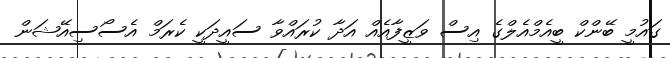
ގައުމީ ބޭންކް ބީއެމްއެލްގެ އިސް ވަޒީފާއެއް އަދާ ކުރައްވާ ސައީދަކީ ކެރަމް އެސޯސިއޭޝަން